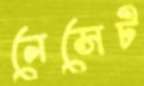
নেসেট